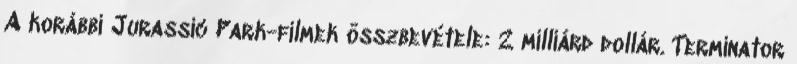
A korábbi Jurassic Park-filmek összbevétele: 2 milliárd dollár. Terminator